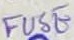
Text: FUSE